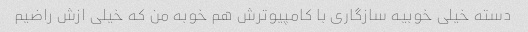
دسته خیلی خوبیه سازگاری با کامپیوترش هم خوبه من که خیلی ازش راضیم